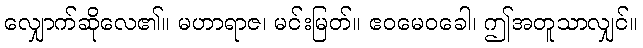
လျှောက်ဆိုလေ၏။ မဟာရာဇ၊ မင်းမြတ်။ ဧဝမေဝခေါ၊ ဤအတူသာလျှင်။